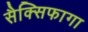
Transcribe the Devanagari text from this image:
सैक्सिफागा